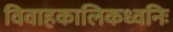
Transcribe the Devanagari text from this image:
विवाहकालिकध्वनिः